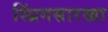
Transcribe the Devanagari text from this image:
स्प्रिंगसारखा